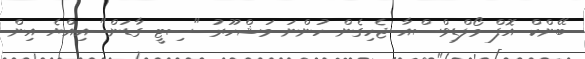
ބޭންކް އޮފް މޯލްޑިވްސްއާ ޖެހިގެން ހުންނަ މަޝްހޫރު "ސިޓީ ގާޑަން" އިއްޔެ އިން